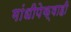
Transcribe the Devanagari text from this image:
गांधीपेक्षाही